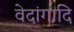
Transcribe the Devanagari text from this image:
वेदांगादि